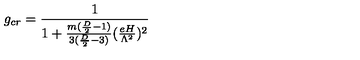
g _ { c r } = \frac { 1 } { 1 + \frac { m ( \frac { D } { 2 } - 1 ) } { 3 ( \frac { D } { 2 } - 3 ) } ( \frac { e H } { \Lambda ^ { 2 } } ) ^ { 2 } }